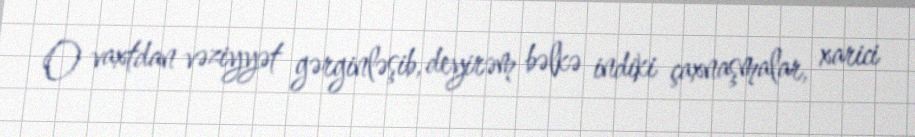
O vaxtdan vəziyyət gərginləşib, deyirəm bəlkə indiki çaxnaşmalar, xarici